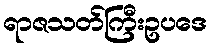
ရာဇသတ်ကြီးဥပဒေ